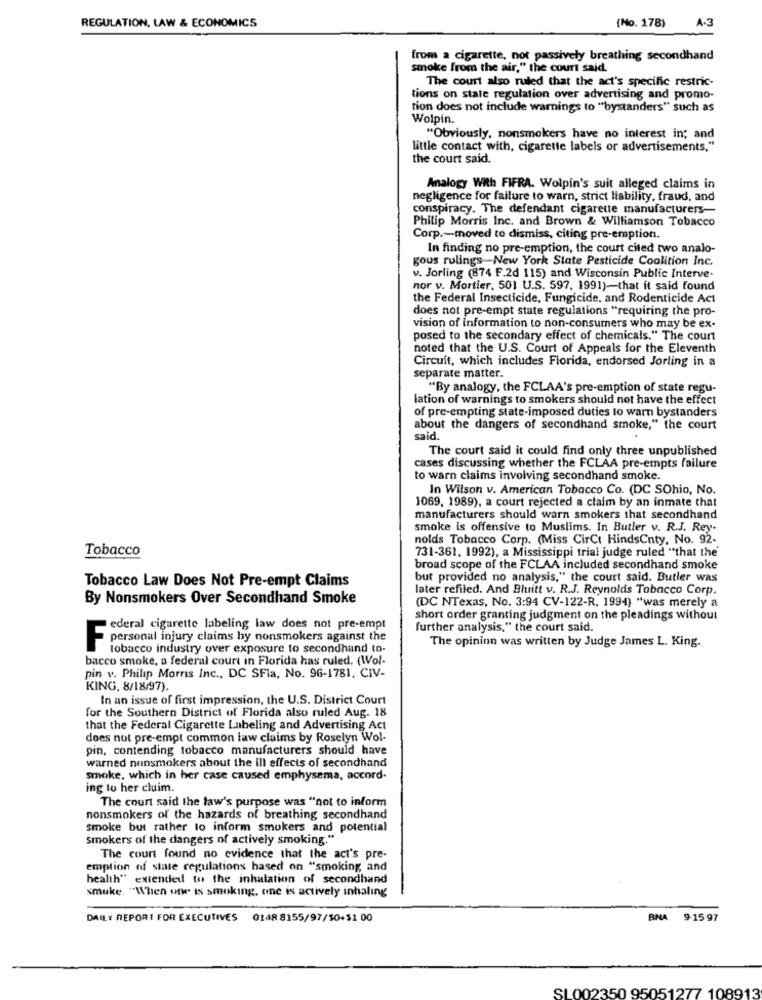
A.3
REGULATION, LAW & ECONOMICS
(No. 178)
from a cigarette, not passively breathing secondhand
smoke from the air," the court said.
The court also ruled that the act's specific restric-
tions on state regulation over advertising and promo-
tion does not include warnings to "bystanders" such as
Wolpin.
"Obviously, nonsmokers have no interest in; and
little contact with, cigarette labels or advertisements,"
the court said.
Analogy With FIFRA. Wolpin's suit alleged claims in
negligence for failure to warn, strict liability, fraud, and
conspiracy. The defendant cigarette manufacturers-
Philip Morris Inc. and Brown & Williamson Tobacco
Corp .- moved to dismiss, citing pre-emption.
In finding no pre-emption, the court cited two analo-
gous rulings New York State Pesticide Coalition Inc.
v. Jorling (874 F.2d 115) and Wisconsin Public Interve-
nor v. Mortier, 501 U.S. 597. 1991)-that it said found
the Federal Insecticide, Fungicide, and Rodenticide Act
does not pre-empt state regulations "requiring the pro-
vision of information to non-consumers who may be ex-
posed to the secondary effect of chemicals." The court
noted that the U.S. Court of Appeals for the Eleventh
Circuit, which includes Florida, endorsed Jorling in a
separate matter.
"By analogy, the FCLAA's pre-emption of state regu-
lation of warnings to smokers should not have the effect
of pre-empting state-imposed duties to warn bystanders
about the dangers of secondhand smoke," the court
said.
The court said it could find only three unpublished
cases discussing whether the FCLAA pre-empts failure
to warn claims involving secondhand smoke.
In Wilson v. American Tobacco Co. (DC SOhio, No.
1069, 1989), a court rejected a claim by an inmate that
manufacturers should warn smokers that secondhand
smoke is offensive to Muslims. In Butler v. R.J. Rey-
nolds Tobacco Corp. (Miss CirCt HindsCnty, No. 92-
Tobacco
731-361, 1992), a Mississippi trial judge ruled "that the'
broad scope of the FCLAA included secondhand smoke
but provided no analysis," the court said. Butler was
Tobacco Law Does Not Pre-empt Claims
later refiled. And Bhtritt v. R.J. Reynolds Tobacco Corp.
By Nonsmokers Over Secondhand Smoke
(DC NTexas, No. 3:94 CV-122-R, 1994) "was merely a
short order granting judgment on the pleadings without
ederal cigarette labeling law does not pre-empt
further analysis," the court said.
-personal injury claims by nonsmokers against the
The opinion was written by Judge James L. King.
tobacco industry over exposure to secondhand to-
bacco smoke, a federal court in Florida has ruled. (Wol-
pin v. Philip Morris Inc ., DC SFIa, No. 96-1781. CIV-
KING, 8/18/97).
In an issue of first impression, the U.S. District Court
for the Southern District of Florida also ruled Aug. 18
that the Federal Cigarette Labeling and Advertising Act
does not pre-empt common law claims by Roselyn Wol-
pin, contending tobacco manufacturers should have
warned nonsmokers about the ill effects of secondhand
smoke, which in her case caused emphysema, accord-
ing to her cluim.
The court said the law's purpose was "not to inform
nonsmokers of the hazards of breathing secondhand
smoke but rather to inform smokers and potential
Smokers of the dangers of actively smoking."
The court found no evidence that the act's pre-
emption of state regulations based on "smoking, and
health" extended to the inhalation of secondhand
smuke. "When one is smoking, one is actively inhaling
DAILY REPORT FOR EXECUTIVES
0148 8155/97/50+51 00
A 9-15 97
SL002350 95051277 108913